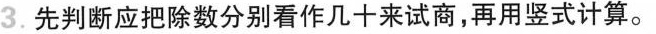
3.先判断应把除数分别看作几十来试商，再用竖式计算。